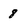
Character: 8